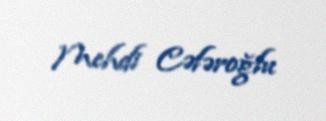
Mehdi Cəfəroğlu